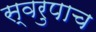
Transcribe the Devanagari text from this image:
स्वरुपाच